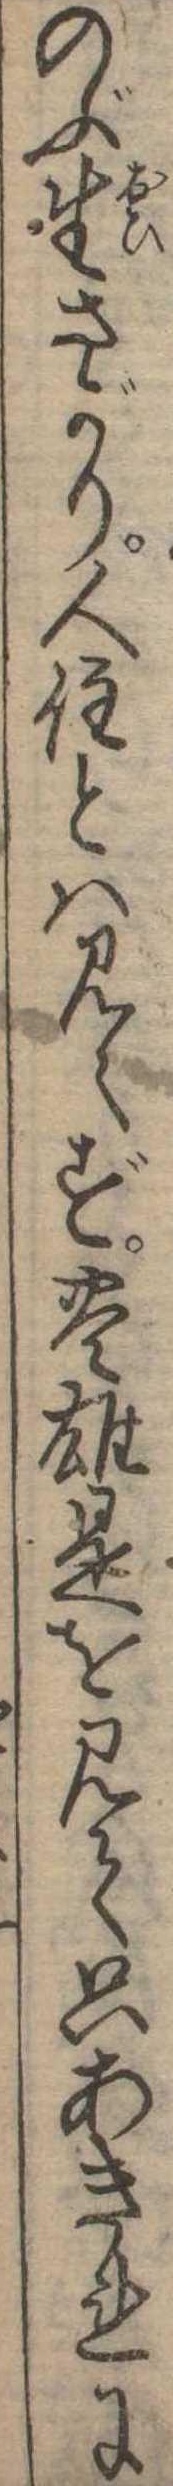
のぶ生さがり人住とは見えず豊雄是を見て只あきれに